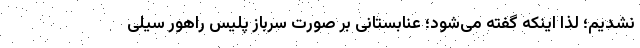
نشدیم؛ لذا اینکه گفته می‌شود؛ عنابستانی بر صورت سرباز پلیس راهور سیلی